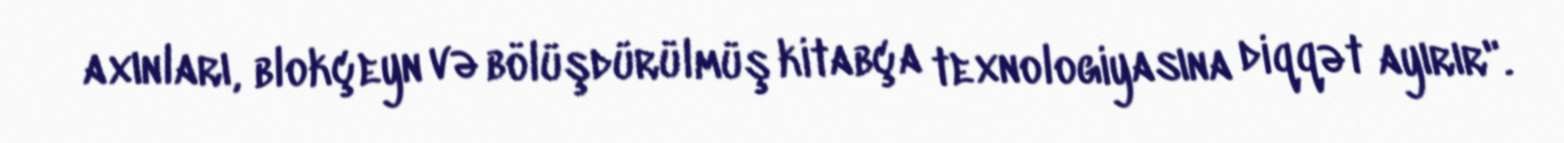
axınları, blokçeyn və bölüşdürülmüş kitabça texnologiyasına diqqət ayırır".